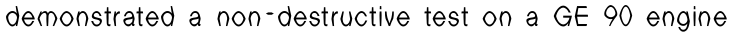
demonstrated a non-destructive test on a GE 90 engine